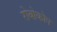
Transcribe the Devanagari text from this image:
रोबोकोप